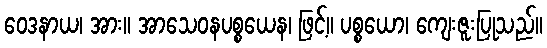
ဝေဒနာယ၊ အား။ အာသေဝနပစ္စယေန၊ ဖြင့်။ ပစ္စယော၊ ကျေးဇူးပြုသည်။